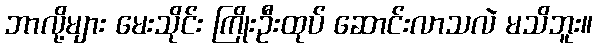
ဘာလို့များ မေးသိုင်း ကြိုးဦးထုပ် ဆောင်းလာသလဲ မသိဘူး။